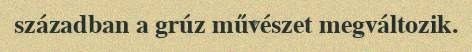
században a grúz művészet megváltozik.